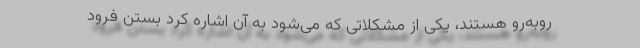
روبه‌رو هستند، یکی از مشکلاتی که می‌شود به آن اشاره کرد بستن فرود